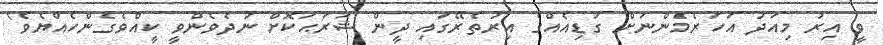
ވީ އިރު މިއަދު އަހަރެމެންނަށް ގަޑިއެއްގެ އިރުތެރޭގައި ދީން ޝަރަޙަކޮށް ނުދެވެންވީ ކީއްވެގެންހެއްޔެވެ'